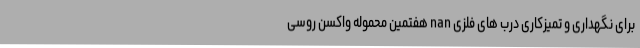
برای نگهداری و تمیزکاری درب های فلزی nan هفتمین محموله واکسن روسی